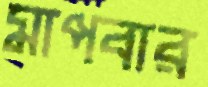
মাপবার